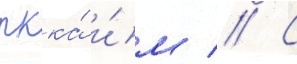
ркка́ и́м // С